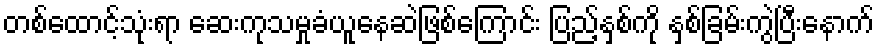
တစ်ထောင့်သုံးရာ ဆေးကုသမှုခံယူနေဆဲဖြစ်ကြောင်း ပြည့်နှစ်ကို နှစ်ခြမ်းကွဲပြီးနောက်